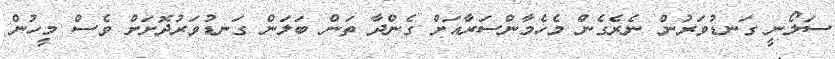
ސަލޯނީ ގަނޑުވަރުން ނެރެގެން މެހެމާންސަރާއަށް ގެންދާ ތަން ބަލަން ގަނޑުވަރުދޮށަށް ވެސް މީހުން